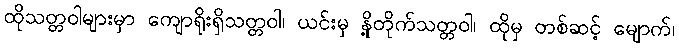
ထိုသတ္တဝါများမှာ ကျောရိုးရှိသတ္တဝါ၊ ယင်းမှ နို့တိုက်သတ္တဝါ၊ ထိုမှ တစ်ဆင့် မျောက်၊